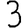
Digit: 3